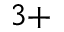
^ { 3 + }